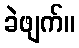
ခဲဖျက်။